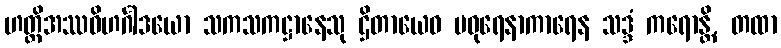
ဟတ္ထိအဿဝိဟင်္ဂါဒယော သကသကဋ္ဌာနေသု ဌိတာယေဝ မဓုရေနာကာရေန သဒ္ဒံ ကရောန္တိ, တထာ